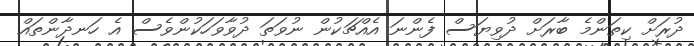
ދުރަށް ކިތަންމެ ބާރަށް ދުވިޔަސް ފެންނަ އެއްޗަކުން ނުވަތަ ދުވާވަހަކުންވެސް އެ ހަނދާންތައް